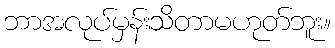
ဘာအလုပ်မှန်းသိတာမဟုတ်ဘူး။